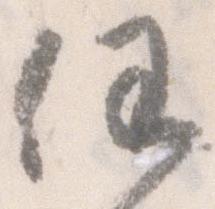
任